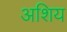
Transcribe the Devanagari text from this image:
अशिय